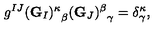
g ^ { I J } { ( { \bf G } _ { I } ) ^ { \kappa } } _ { \beta } { ( { \bf G } _ { J } ) ^ { \beta } } _ { \gamma } = \delta _ { \gamma } ^ { \kappa } ,